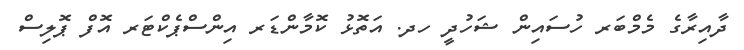
ދާއިރާގެ މެމްބަރ ހުސައިން ޝަހުދީ ހދ. އަތޮޅު ކޮމާންޑަރ އިންސްޕެކްޓަރ އޮފް ޕޮލިސް